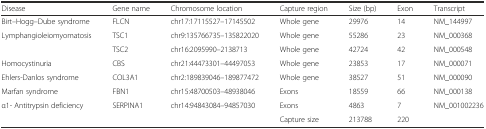
| Disease | Gene name | Chromosome location | Capture region | Size (bp) | Exon | Transcript |
 | --- | --- | --- | --- | --- | --- | --- |
 | Birt–Hogg–Dube syndrome | FLCN | chr17:17115527–17145502 | Whole gene | 29976 | 14 | NM_144997 |
 | <ROWSPAN=2> Lymphangioleiomyomatosis | TSC1 | chr9:135766735–135822020 | Whole gene | 55286 | 23 | NM_000368 |
 | TSC2 | chr16:2095990–2138713 | Whole gene | 42724 | 42 | NM_000548 |
 | Homocystinuria | CBS | chr21:44473301–44497053 | Whole gene | 23853 | 17 | NM_000071 |
 | Ehlers-Danlos syndrome | COL3A1 | chr2:189839046–189877472 | Whole gene | 38527 | 51 | NM_000090 |
 | Marfan syndrome | FBN1 | chr15:48700503–48938046 | Exons | 18559 | 66 | NM_000138 |
 | α1- Antitrypsin deficiency | SERPINA1 | chr14:94843084–94857030 | Exons | 4863 | 7 | NM_001002236 |
 |  |  |  | Capture size | 213788 | 220 |  |